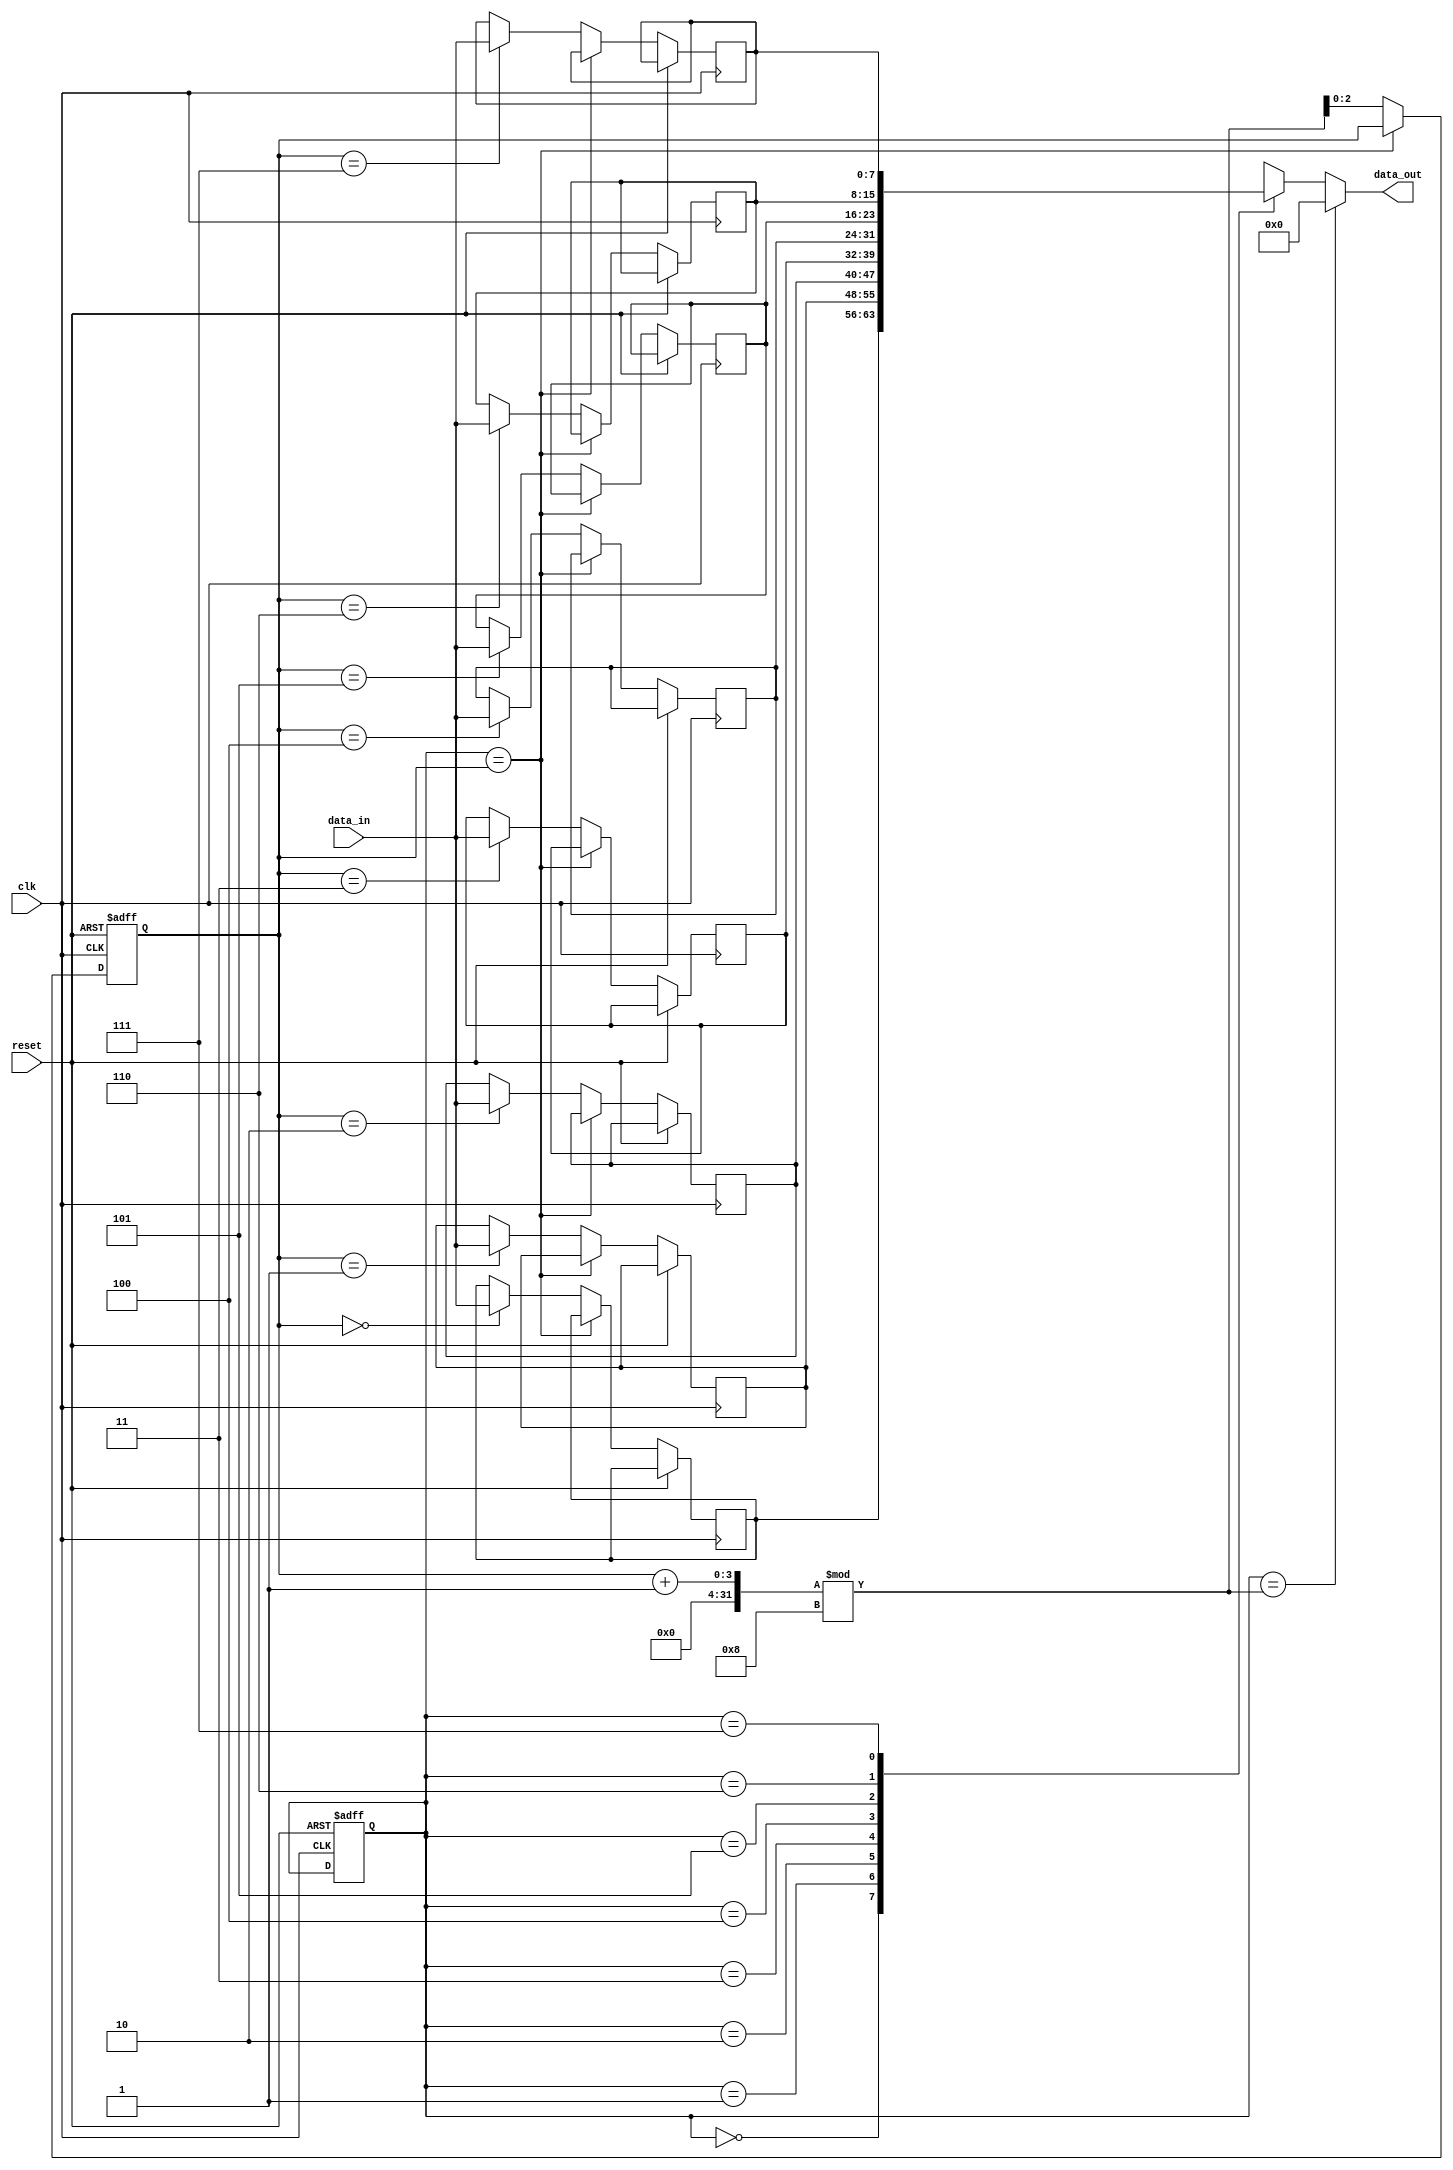
module LIFO(
    input wire clk,
    input wire reset,
    input wire [7:0] data_in,
    output reg [7:0] data_out
);

reg [7:0] memory [0:7];
reg [2:0] head, tail;
wire full, empty;

assign full = head == tail;
assign empty = head == (tail + 1) % 8;

always @(posedge clk or posedge reset) begin
    if (reset) begin
        head <= 0;
        tail <= 1;
    end else if (!full) begin
        memory[tail] <= data_in;
        tail <= (tail + 1) % 8;
    end
end

always @(*) begin
    if (empty) begin
        data_out = 8'b0;
    end else begin
        data_out = memory[head];
    end
end

endmodule